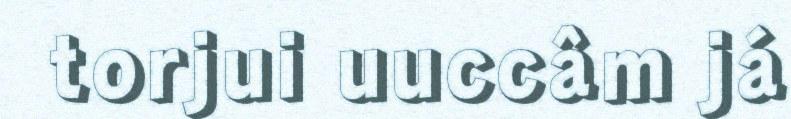
torjui uuccâm já